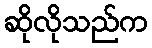
ဆိုလိုသည်က